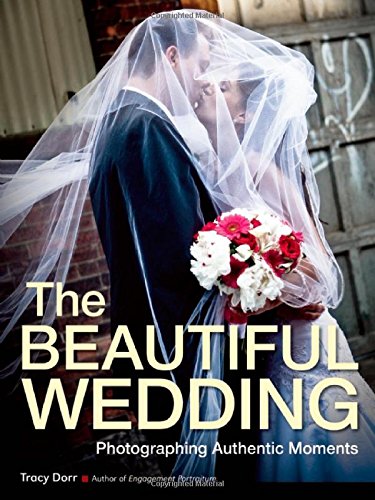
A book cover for The Beautiful Wedding: Photography Techniques for Capturing Natural and Authentic Moments at Any Wedding; Tracy Dorr; Crafts, Hobbies & Home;